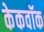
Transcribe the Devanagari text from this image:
केकवॉक